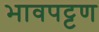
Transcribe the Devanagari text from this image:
भावपट्टण